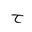
Letter: _ha